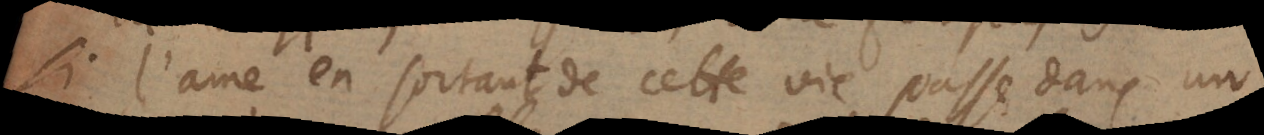
si l’ame en sortant de cette vie passe dans un